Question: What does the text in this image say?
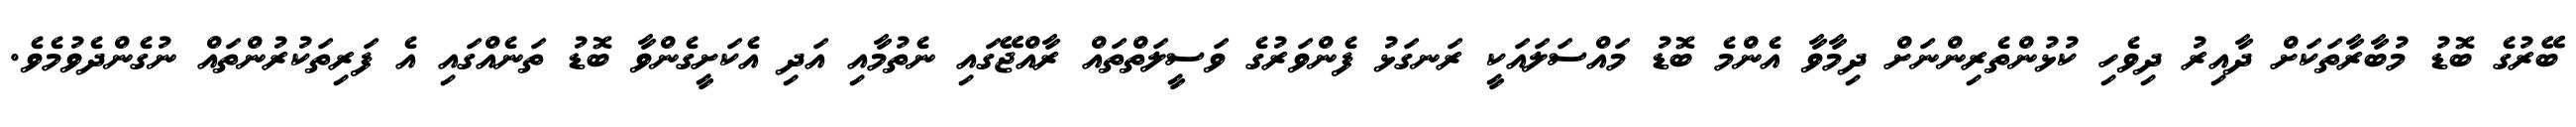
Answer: ބޭރުގެ ބޮޑު މުބާރާތަކަށް ދާއިރު ދިވެހި ކުޅުންތެރިންނަށް ދިމާވާ އެންމެ ބޮޑު މައްސަލައަކީ ރަނގަޅު ފެންވަރުގެ ވަސީލަތްތައް ރާއްޖޭގައި ނެތުމާއި އަދި އެކަށީގެންވާ ބޮޑު ތަނެއްގައި އެ ފަރިތަކުރުންތައް ނުގެންދެވުމެވެ.